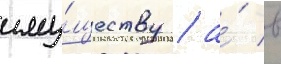
иму́ществу / а́ в